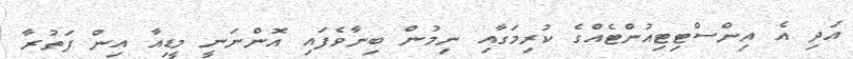
އަދި އެ އިންސްޓިޓިއުންޓެއްގެ ކުރިމަގާއި ނިމުން ބިނާވެފައި އޮންނަނީ މީޑިއާ އިން ފަތުރާ